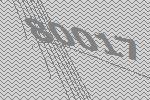
80017